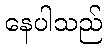
နေပါသည်